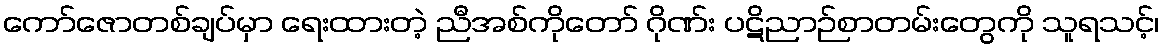
ကော်ဇောတစ်ချပ်မှာ ရေးထားတဲ့ ညီအစ်ကိုတော် ဂိုဏ်း ပဋိညာဉ်စာတမ်းတွေကို သူရသင့်၊